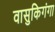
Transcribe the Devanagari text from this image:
वासुकिगंगा